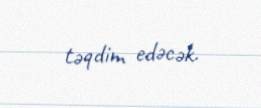
təqdim edəcək.